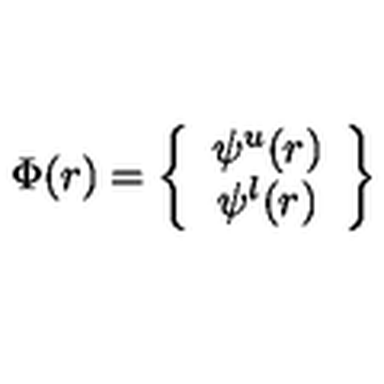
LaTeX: \Phi ( r ) = \left\{ \begin{array} { c } { \psi ^ { u } ( r ) } \\ { \psi ^ { l } ( r ) } \\ \end{array} \right\}